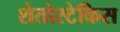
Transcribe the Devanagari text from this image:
शेतोस्टेकिस